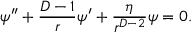
\psi ^ { \prime \prime } + \frac { D - 1 } { r } \psi ^ { \prime } + \frac { \eta } { r ^ { D - 2 } } \psi = 0 .